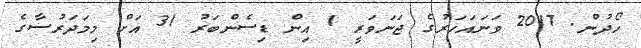
ހޯދުން. 2017 ވަނައަހަރުގެ ޖަނަވަރީ 1 އިން ޑިސެންބަރު 31 އަށް މިމަދަރުސާގެ